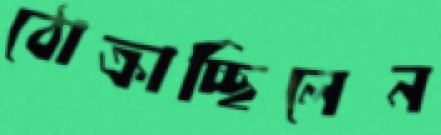
ঠোক্‌রাচ্ছিলেন